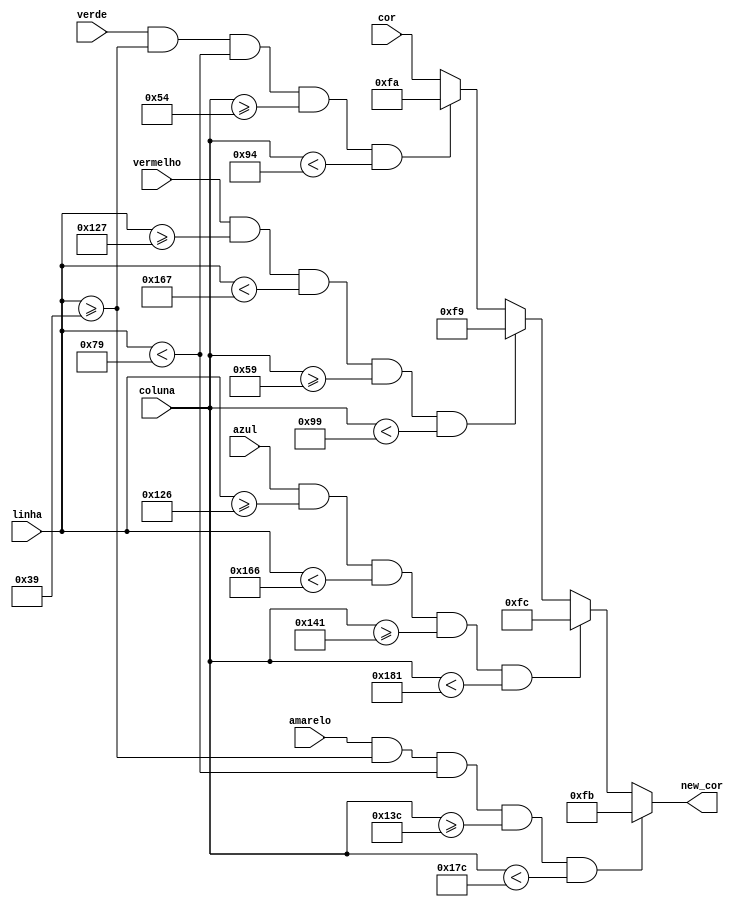
module sprite (cor,coluna,linha,verde,vermelho,amarelo,azul,new_cor);

	input verde,vermelho,amarelo,azul;
	input [9:0] linha;
	input [9:0] coluna;
	input [7:0] cor;
	
	output reg [7:0] new_cor;


	reg [15:0] shapecol;
	
	
	// Sprite Shape 1 (verde)
	reg [15:0] shapegreen[15:0];
	
	// Sprite Shape 2 (amarelo)
	reg [15:0] shapeyellow[15:0];
	
	// Sprite Shape 3 (vermelho)
	reg [15:0] shapered[15:0];
	
	// Sprite Shape 4 (azul)
	reg [15:0] shapeblue[15:0];
	
	
always @(cor) 
begin
		
			// Inicializar Shape 1
			// shape 128x128 separados em 8x8
			// ancora linha 57 coluna 84
			shapegreen[0] =  16'b0000000000000011;
			shapegreen[1] =  16'b0000000000011111;
			shapegreen[2] =  16'b0000000001111111;           
			shapegreen[3] =  16'b0000000111111111;           
			shapegreen[4] =  16'b0000001111111111;
			shapegreen[5] =  16'b0000011111111111;
			shapegreen[6] =  16'b0000111111111110;
			shapegreen[7] =  16'b0000111111110000;
			shapegreen[8] =  16'b0001111111000000;
			shapegreen[9] =  16'b0011111110000000;
			shapegreen[10] = 16'b0011111110000000;
			shapegreen[11] = 16'b0111111100000000;
			shapegreen[12] = 16'b0111111100000000;
			shapegreen[13] = 16'b0111111100000000;
			shapegreen[14] = 16'b0111111000000000;
			shapegreen[15] = 16'b0111111000000000;
			
			// Inicializar Shape 2
			// shape 128x128 separados em 8x8
			// ancora linha 57 coluna 316
			shapeyellow[0] =  16'b1100000000000000;
			shapeyellow[1] =  16'b1111100000000000;
			shapeyellow[2] =  16'b1111111100000000;           
			shapeyellow[3] =  16'b1111111111000000;           
			shapeyellow[4] =  16'b1111111111100000;
			shapeyellow[5] =  16'b1111111111110000;
			shapeyellow[6] =  16'b1111111111111000;
			shapeyellow[7] =  16'b0000111111111000;
			shapeyellow[8] =  16'b0000001111111100;
			shapeyellow[9] =  16'b0000000111111100;
			shapeyellow[10] = 16'b0000000011111110;
			shapeyellow[11] = 16'b0000000001111110;
			shapeyellow[12] = 16'b0000000001111110;
			shapeyellow[13] = 16'b0000000000111111;
			shapeyellow[14] = 16'b0000000000111111;
			shapeyellow[15] = 16'b0000000000111111;
			
			// Inicializar Shape 3
			// shape 128x128 separados em 8x8
			// ancora linha 295 coluna 89
			shapered[0] =  16'b1111110000000000;
			shapered[1] =  16'b1111110000000000;
			shapered[2] =  16'b1111111000000000;           
			shapered[3] =  16'b0111111000000000;           
			shapered[4] =  16'b0111111000000000;
			shapered[5] =  16'b0111111100000000;
			shapered[6] =  16'b0011111110000000;
			shapered[7] =  16'b0011111111000000;
			shapered[8] =  16'b0001111111110000;
			shapered[9] =  16'b0001111111111111;
			shapered[10] = 16'b0000111111111111;
			shapered[11] = 16'b0000001111111111;
			shapered[12] = 16'b0000000111111111;
			shapered[13] = 16'b0000000001111111;
			shapered[14] = 16'b0000000000011111;
			shapered[15] = 16'b0000000000000011;
			
			// Inicializar Shape 4
			// shape 128x128 separados em 8x8
			// ancora linha 294 coluna 321
			shapeblue[0] =  16'b0000000001111111;
			shapeblue[1] =  16'b0000000001111110;
			shapeblue[2] =  16'b0000000001111110;           
			shapeblue[3] =  16'b0000000011111110;           
			shapeblue[4] =  16'b0000000011111110;
			shapeblue[5] =  16'b0000000111111100;
			shapeblue[6] =  16'b0000000111111100;
			shapeblue[7] =  16'b0000001111111000;
			shapeblue[8] =  16'b0000011111111000;
			shapeblue[9] =  16'b0011111111110000;
			shapeblue[10] = 16'b1111111111100000;
			shapeblue[11] = 16'b1111111111100000;
			shapeblue[12] = 16'b1111111110000000;
			shapeblue[13] = 16'b1111111100000000;
			shapeblue[14] = 16'b1111110000000000;
			shapeblue[15] = 16'b1100000000000000;
			
			if(amarelo && linha >= 57 && linha <121 && coluna >= 316 && coluna < 380)
				new_cor = 8'hFB;
			else if(azul && linha >=294 && linha < 358 && coluna >=321 && coluna < 385)
				new_cor = 8'hFC;
			else if(vermelho && linha >=295 && linha < 359 && coluna >=89 && coluna <153)
				new_cor = 8'hF9;
			else if(verde && linha >= 57 && linha < 121 && coluna >= 84 && coluna < 148)
				new_cor = 8'hFA;
			else
				new_cor = cor;
end



endmodule